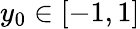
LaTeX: y_{0}\in\left[-1,1\right]